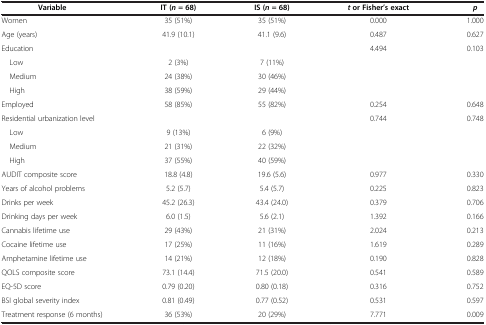
| Variable | IT (n = 68) | IS (n = 68) | t or Fisher’s exact | p |
 | --- | --- | --- | --- | --- |
 | Women | 35 (51%) | 35 (51%) | 0.000 | 1.000 |
 | Age (years) | 41.9 (10.1) | 41.1 (9.6) | 0.487 | 0.627 |
 | Education |  |  | 4.494 | 0.103 |
 | Low | 2 (3%) | 7 (11%) |  |  |
 | Medium | 24 (38%) | 30 (46%) |  |  |
 | High | 38 (59%) | 29 (44%) |  |  |
 | Employed | 58 (85%) | 55 (82%) | 0.254 | 0.648 |
 | Residential urbanization level |  |  | 0.744 | 0.748 |
 | Low | 9 (13%) | 6 (9%) |  |  |
 | Medium | 21 (31%) | 22 (32%) |  |  |
 | High | 37 (55%) | 40 (59%) |  |  |
 | AUDIT composite score | 18.8 (4.8) | 19.6 (5.6) | 0.977 | 0.330 |
 | Years of alcohol problems | 5.2 (5.7) | 5.4 (5.7) | 0.225 | 0.823 |
 | Drinks per week | 45.2 (26.3) | 43.4 (24.0) | 0.379 | 0.706 |
 | Drinking days per week | 6.0 (1.5) | 5.6 (2.1) | 1.392 | 0.166 |
 | Cannabis lifetime use | 29 (43%) | 21 (31%) | 2.024 | 0.213 |
 | Cocaine lifetime use | 17 (25%) | 11 (16%) | 1.619 | 0.289 |
 | Amphetamine lifetime use | 14 (21%) | 12 (18%) | 0.190 | 0.828 |
 | QOLS composite score | 73.1 (14.4) | 71.5 (20.0) | 0.541 | 0.589 |
 | EQ-5D score | 0.79 (0.20) | 0.80 (0.18) | 0.316 | 0.752 |
 | BSI global severity index | 0.81 (0.49) | 0.77 (0.52) | 0.531 | 0.597 |
 | Treatment response (6 months) | 36 (53%) | 20 (29%) | 7.771 | 0.009 |